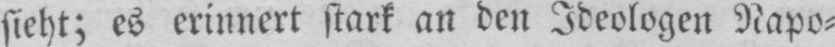
sieht; es erinnert stark an den Ideologen Napo⸗